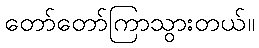
တော်တော်ကြာသွားတယ်။